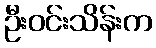
ဦးဝင်းသိန်းက